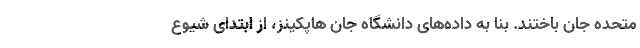
متحده جان باختند. بنا به داده‌های دانشگاه جان هاپکینز، از ابتدای شیوع